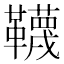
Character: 韈